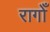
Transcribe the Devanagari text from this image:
रागोँ